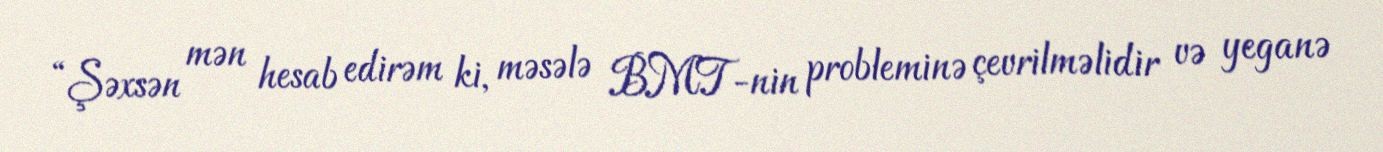
“Şəxsən mən hesab edirəm ki, məsələ BMT-nin probleminə çevrilməlidir və yeganə